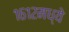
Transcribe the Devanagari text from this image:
१६१२मध्ये